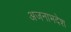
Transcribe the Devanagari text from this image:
अजनाभदेश